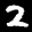
Label: 2